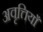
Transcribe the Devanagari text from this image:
अवृत्तियाँ